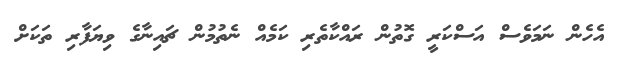
އެހެން ނަމަވެސް އަސްކަރީ ގޮތުން ރައްކާތެރި ކަމެއް ނެތުމުން ޗައިނާގެ ވިޔަފާރި ތަކަށް